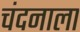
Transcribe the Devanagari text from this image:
चंदनाला